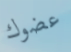
عضوك